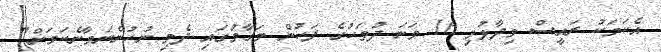
އެކަމަކު ރައީސް ވިދާޅުވި 16 ވަނަ ދުވަހުގެ ފަހުން މަގާމުގައި ދެމި ނުހުންނަވާނެކަމަށް"